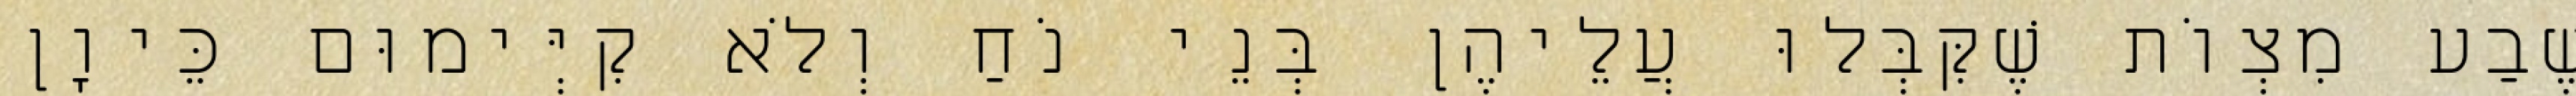
שֶׁבַע מִצְוֹת שֶׁקִּבְּלוּ עֲלֵיהֶן בְּנֵי נֹחַ וְלֹא קִיְּימוּם כֵּיוָן